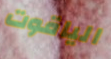
الياقوت